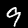
Digit: 9